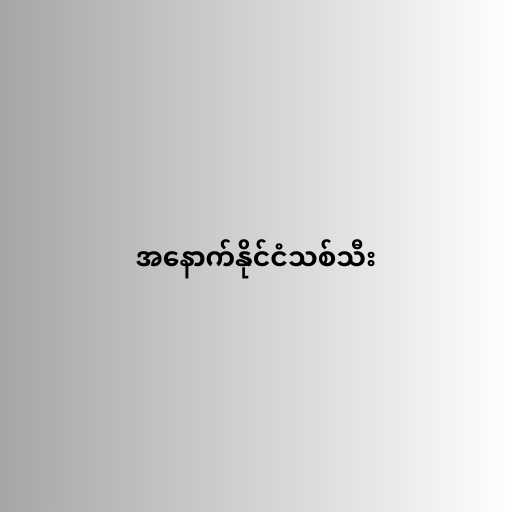
အနောက်နိုင်ငံသစ်သီး